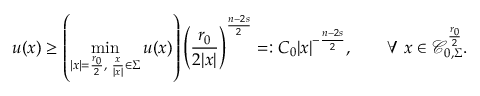
u ( x ) \geq \left( \operatorname* { m i n } _ { | x | = \frac { r _ { 0 } } { 2 } , \, \, \frac { x } { | x | } \in \Sigma } u ( x ) \right) \left( \frac { r _ { 0 } } { 2 | x | } \right) ^ { \frac { n - 2 s } { 2 } } = : C _ { 0 } | x | ^ { - \frac { n - 2 s } { 2 } } , \quad \quad \forall \, \, x \in \mathcal { C } _ { 0 , \Sigma } ^ { \frac { r _ { 0 } } { 2 } } .